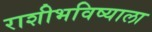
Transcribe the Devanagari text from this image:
राशीभविष्याला